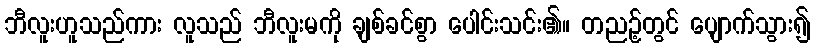
ဘီလူးဟူသည်ကား လူသည် ဘီလူးမကို ချစ်ခင်စွာ ပေါင်းသင်း၏။ တညဉ့်တွင် ပျောက်သွား၍